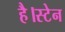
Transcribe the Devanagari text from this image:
है।स्टेन